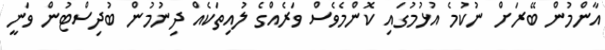
އާންމުން ބޭރަށް ނުކުމެ އުޅުމުގައި ކޮންމެވެސް ވަރެއްގެ ލުއިތަކެއް ދިނުމުން ބުދިސްޓުން ވަނީ